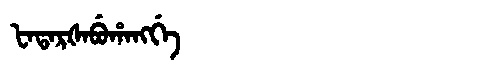
Manchu: ᡶᠠᡨᠠᡵᡧᠠᠪᡠᡥᠠᠩᡤᡝ
Romanization: FATARŠABUHANGGE